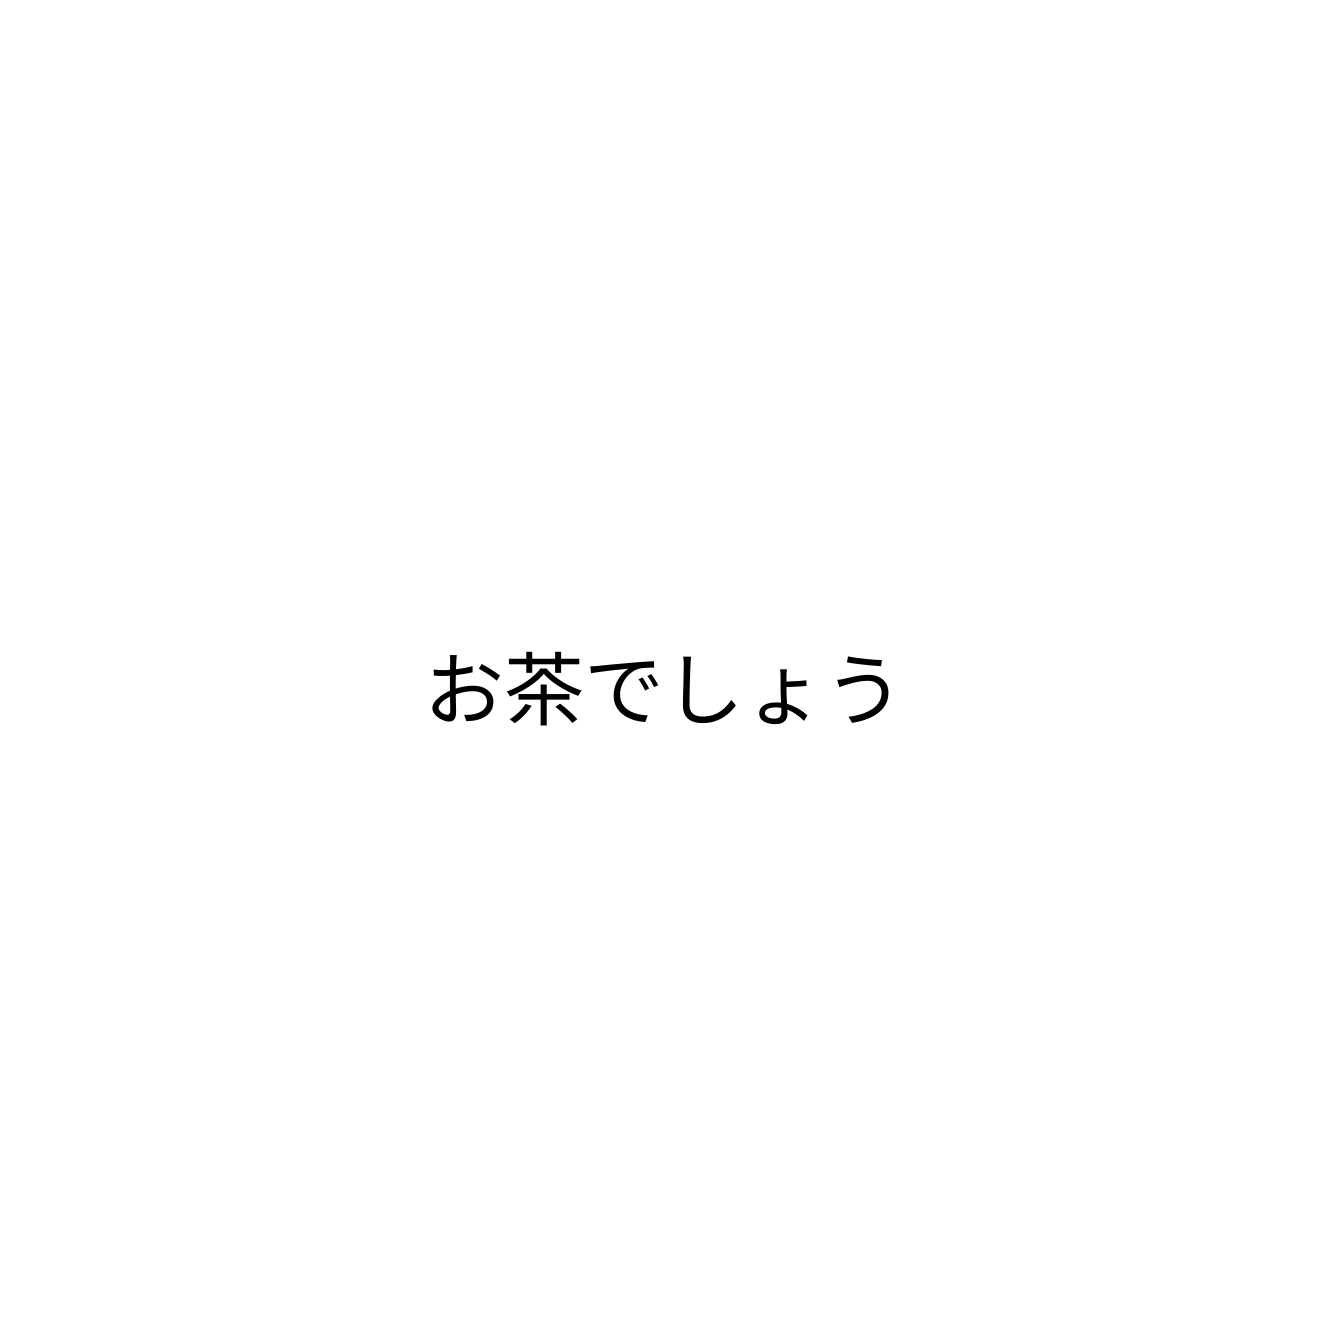
お茶でしょう